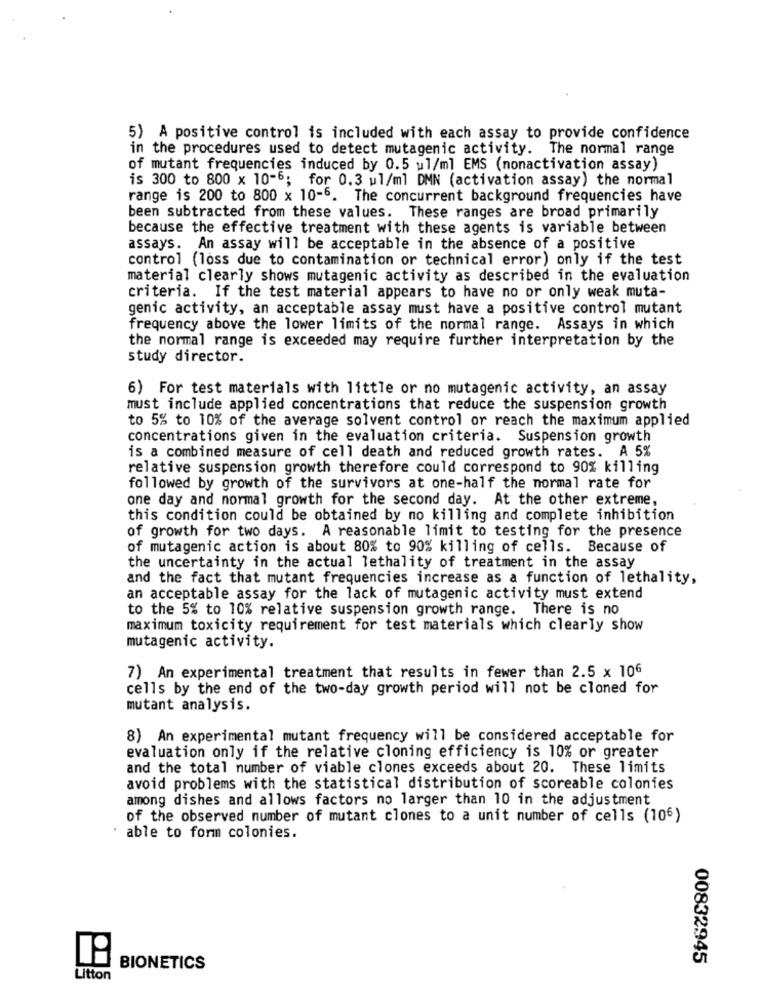
5) A positive control is included with each assay to provide confidence
in the procedures used to detect mutagenic activity. The normal range
of mutant frequencies induced by 0.5 ul/ml EMS (nonactivation assay)
is 300 to 800 x 10-6; for 0.3 ul/ml DMN (activation assay) the normal
range is 200 to 800 x 10-6. The concurrent background frequencies have
been subtracted from these values. These ranges are broad primarily
because the effective treatment with these agents is variable between
assays. An assay will be acceptable in the absence of a positive
control (loss due to contamination or technical error) only if the test
material clearly shows mutagenic activity as described in the evaluation
criteria. If the test material appears to have no or only weak muta-
genic activity, an acceptable assay must have a positive control mutant
frequency above the lower limits of the normal range. Assays in which
the normal range is exceeded may require further interpretation by the
study director.
6) For test materials with little or no mutagenic activity, an assay
must include applied concentrations that reduce the suspension growth
to 5% to 10% of the average solvent control or reach the maximum applied
concentrations given in the evaluation criteria. Suspension growth
is a combined measure of cell death and reduced growth rates. A 5%
relative suspension growth therefore could correspond to 90% killing
followed by growth of the survivors at one-half the normal rate for
one day and normal growth for the second day. At the other extreme,
this condition could be obtained by no killing and complete inhibition
of growth for two days. A reasonable limit to testing for the presence
of mutagenic action is about 80% to 90% killing of cells. Because of
the uncertainty in the actual lethality of treatment in the assay
and the fact that mutant frequencies increase as a function of lethality,
an acceptable assay for the lack of mutagenic activity must extend
to the 5% to 10% relative suspension growth range. There is no
maximum toxicity requirement for test materials which clearly show
mutagenic activity.
7) An experimental treatment that results in fewer than 2.5 x 106
cells by the end of the two-day growth period will not be cloned for
mutant analysis.
8) An experimental mutant frequency will be considered acceptable for
evaluation only if the relative cloning efficiency is 10% or greater
and the total number of viable clones exceeds about 20. These limits
avoid problems with the statistical distribution of scoreable colonies
among dishes and allows factors no larger than 10 in the adjustment
of the observed number of mutant clones to a unit number of cells (106)
able to form colonies.
00832945
BIONETICS
Litton